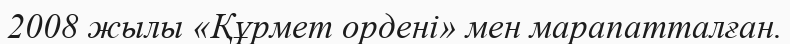
2008 жылы «Құрмет ордені» мен марапатталған.